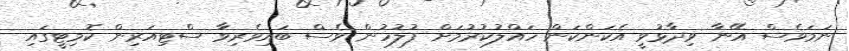
ނަމަވެސް އޭނާ ވިދާޅުވީ އެކަންކަން ހައްލުކުރުމަށް ފުލުހުން ވެސް ބައިވެރިވާ ސްޓިއަރިން ކޮމިޓީގައި